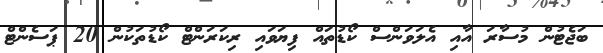
ބަޖެޓުން މުސާރަ އާއި އެލަވަންސް ކޯޑުތައް ފިޔަވައި ރިކަރަންޓް ކޯޑުތަކުން 20 ޕަސެންޓް